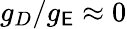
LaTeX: g_{D}/g_{\mathsf{E}}\approx0